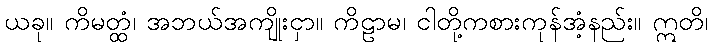
ယခု။ ကိမတ္ထံ၊ အဘယ်အကျိုးငှာ။ ကိဠာမ၊ ငါတို့ကစားကုန်အံ့နည်း။ ဣတိ၊